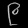
Digit: ၉